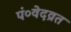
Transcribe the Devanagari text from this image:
पं०वेदव्रत